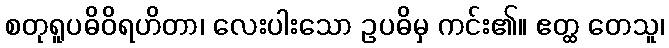
စတုရူပဓိဝိရဟိတာ၊ လေးပါးသော ဥပဓိမှ ကင်း၏။ ဧတ္ထ တေသူ၊